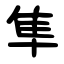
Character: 隼